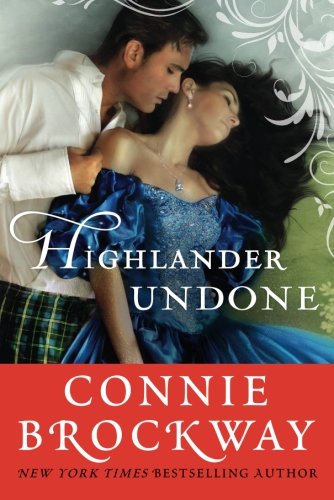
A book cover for Highlander Undone; Connie Brockway; Romance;